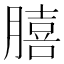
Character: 𮌺